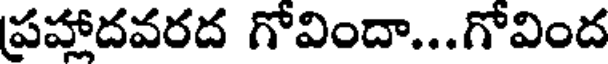
ప్రహాదవరద గోవిందా...గోవింద